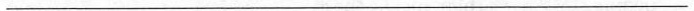
___